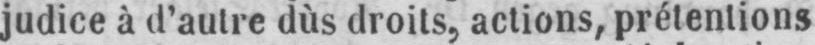
judice à d’autre dùs droits, actions, prétentions